Triennial report on the lunatic asylums in the province of Eastern Bengal and Assam - 1903-1911
Year: 1903
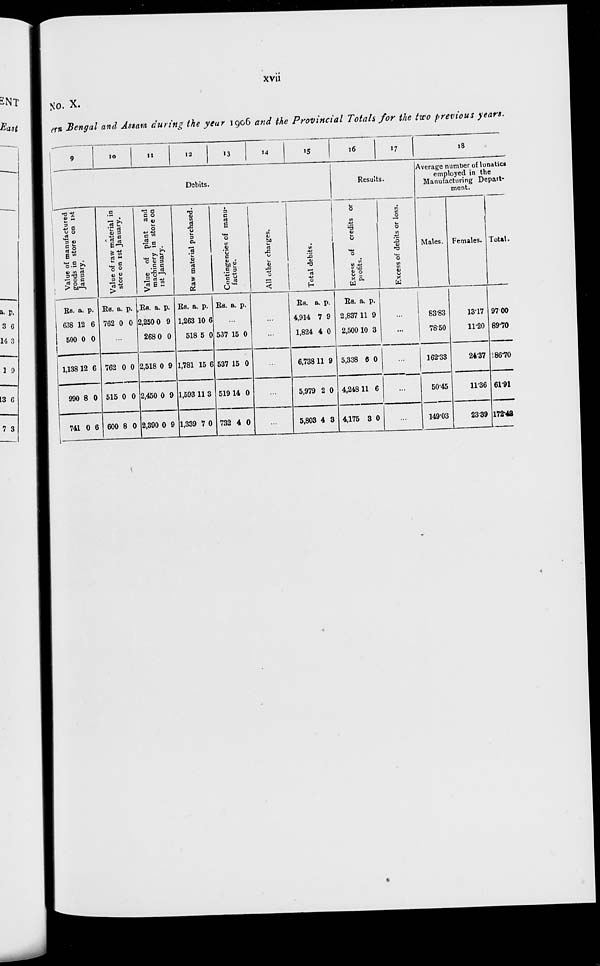
xvii
No. X.
ern Bengal and Assam during the year 1906 and the Provincial Totals for the two previous years.
9
10
11
12
13
14
15
Debits.
Value of manufactured
goods in store on 1st
January.
Rs.
638
500
1,138
990
741
a.
12
0
12
8
0
p.
6
0
6
0
6
Value of raw material in
store on 1st January.
Rs.
762
a.
0
p.
0
...
762
515
600
0
0
8
0
0
0
Value of plant and
machinery in store on
1st January.
Rs.
2,250
268
2,518
2,450
2,390
a.
0
0
0
0
0
p.
9
0
9
9
9
Raw material purchased.
Rs.
1,263
518
1,781
1,593
1,339
a.
10
5
15
11
7
p.
6
0
6
3
0
Contingencies of manu-
facture.
Rs. a. p.
...
537
537
519
732
15
15
14
4
0
0
0
0
All other charges.
...
...
...
...
...
Total debits.
Rs.
4,914
1,824
6,738
5,979
5,803
a.
7
4
11
2
4
p.
9
0
9
0
3
16
17
Results.
Excess of credits or
profits.
Rs.
2,837
2,500
5,338
4,248
4,175
a.
11
10
6
11
3
p.
9
3
0
6
0
Excess of debits or loss.
...
...
...
...
...
18
Average number of lunatics
employed in the
Manufacturing Depart-
ment.
Males.
83.83
78.50
162.33
50.45
149.03
Females.
13.17
11.20
24.37
11.36
23.39
Total.
97.00
89.70
86.70
61.91
172.42